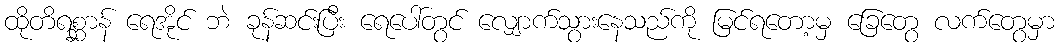
ထိုတိရစ္ဆာန် ရေအိုင် ဘဲ ခုန်ဆင်းပြီး ရေပေါ်တွင် လျှောက်သွားနေသည်ကို မြင်ရတော့မှ ခြေတွေ လက်တွေမှာ